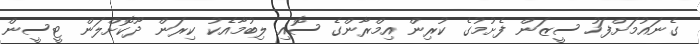
ގެނައުމަށްފަހު ސީޒަން ފެށުމުގެ ކުރިން އިމްރާންގެ ސޮއި ލިބުމާއެކު ކިރަން ދޫކޮށްލަން ޓީސީން